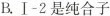
B.Ⅰ-2是纯合子